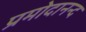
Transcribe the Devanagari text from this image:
प्रमोदानन्द